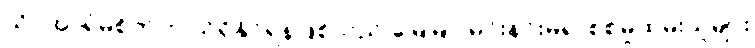
သိပ်အာရုံမစိုက်ဟု သိရှိနိုင်ရန်ဖြစ်သည် မြေမြုပ်မိုင်းနင်းမိ၍ စစ်မှုထမ်းသူများ